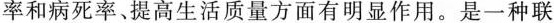
率和病死率、提高生活质量方面有明显作用。是一种联